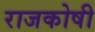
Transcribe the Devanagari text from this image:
राजकोषी